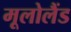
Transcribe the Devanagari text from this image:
मूलोलैंड